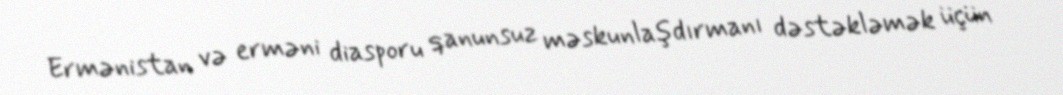
Ermənistan və erməni diasporu qanunsuz məskunlaşdırmanı dəstəkləmək üçün